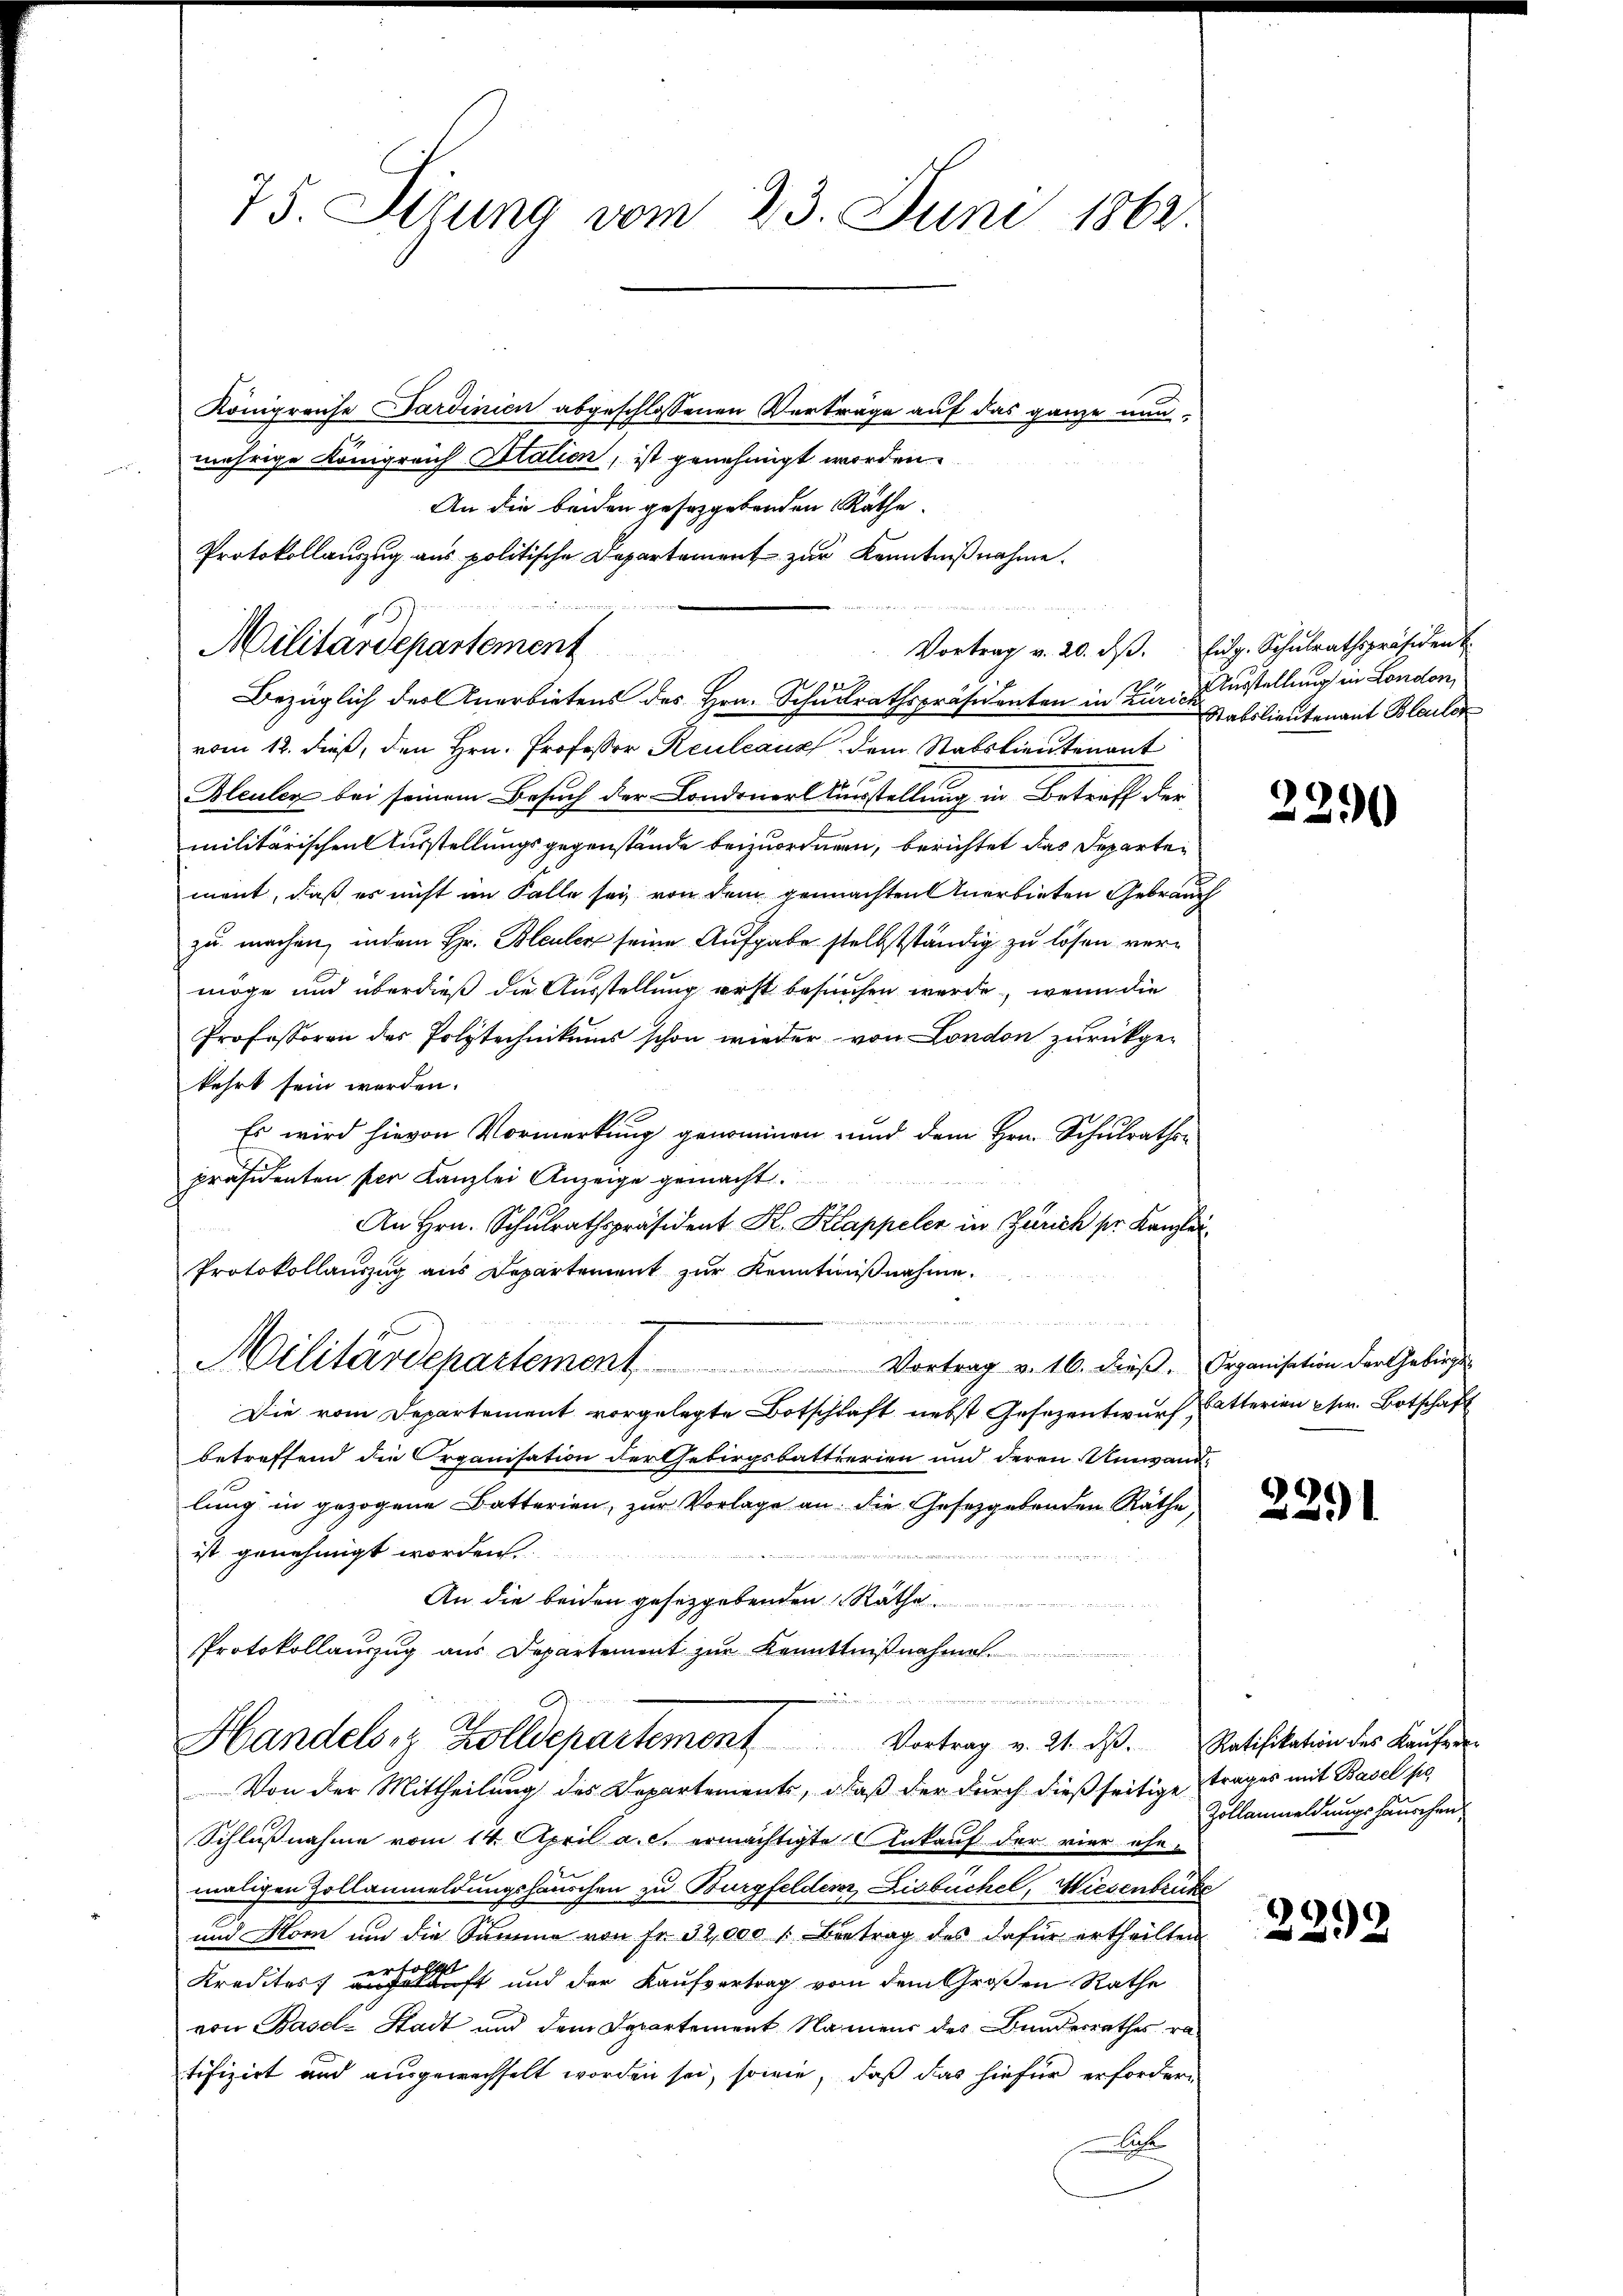
75. Sirung vom 23. Juni 1862.
Königreise Sardinien abgeschlossenen Verträge auf das ganze nunmährige Königreich Italien, ist genehmigt worden.

Protokollauszug aus politische Departement zur Kenntnißnahme.
e
Militärdepartement

An die beiden gesetzgebenden Räthe
Bezüglich der Anerbietens des Hrn. Schulrathspräsidenten in Zürich Ausstellung in London,
vom 12. dieß, den Hrn. Professor Reulcanz dem Stabslieutenant
Bleuler bei seinem Besuch der Londoner Ausstellung in Betreff der
militärischen Ausstellungsgegenstände beizuordnen, berichtet das Departement, daß es nicht im Falle sey von dem gemachten Anerbieten Gebrauch
zu machen, indem Hr. Bleuler seine Aufgabe selbstständig zu lösen vermöge und überdieß die Ausstellung erst besuchen werde, wenn die
Professoren der Polytechnikums schon wieder von London zurückgekehrt sein werden.
Es wird hievon Vormerkung genommen und dem Hrn. Schulrathspräsidenten per Kanzlei Anzeige gemacht.
An Hrn. Schulrathspräsident K. Klappeler in Zürich sr. Kanzlei
Protokollauszug aus Departement zur Kenntnißnahme
e
Militärdepartement Vortrag v. 16. dieß, Organisation der Gebirgs
Die vom Departement vorgelegte Botschaft nebst Gesezentwurf, Catterien pr. Botschaft
betreffend die Organisation der Gebirgsbatterien und deren Umwand-
lung in gezogene Batterien, zur Vorlage an die Gesetzgebenden Räthe
ist genehmigt worden.
An die beiden gesetzgebenden Rathe
Protokollauszug aus Departement zur Kenntnißnahmen.

gegenden in den ange
Handelsz Zolldepartement Vortrag v. 21. ds. Ratifikation des Kaŭfer-

Vortrag v. 20. dβ. Eidg. Schulrathspräsident
Stabslieutenant Bleuler

Von der Mittheilung des Departements, daß der durch dießseitige Trages mit Basel sie
Schlußnahme vom 14. April a. c. ermächtigte Ankauf der vier ehe-
maligen Zollanmeldungshauschen zu Burgfelderer, Lisbüchel, Wiesenbrücke
und Horn um die Summe von Fr. 32,000 : Betrag des dafür ertheilten
erhöchst
Kredites auskunft und der Kaufvertrag von dem Großen Rathe
von Basel-Stadt und dem Departement Namens des Bundesrathes ra
tifizirt und ausgewechselt worden sei, sowie, daß das hiefür erfordern
uh

2290

2291

Zollanmeldungshauschen

2292